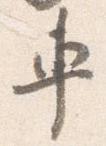
車